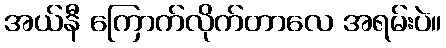
အယ်နီ ကြောက်လိုက်တာလေ အရမ်းပဲ။